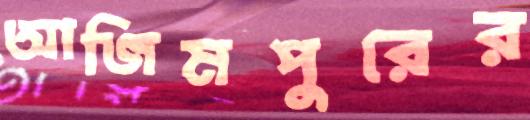
আজিমপুরের